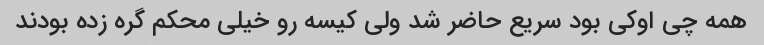
همه چی اوکی بود سریع حاضر شد ولی کیسه رو خیلی محکم گره زده بودند